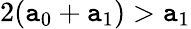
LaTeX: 2(\mathtt{a}_{0}+\mathtt{a}_{1})>\mathtt{a}_{1}